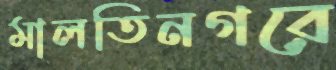
মালতিনগরে